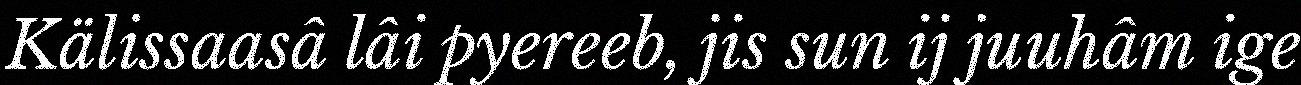
Kälissaasâ lâi pyereeb, jis sun ij juuhâm ige